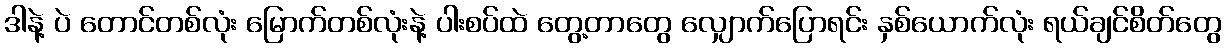
ဒါနဲ့ ပဲ တောင်တစ်လုံး မြောက်တစ်လုံးနဲ့ ပါးစပ်ထဲ တွေ့တာတွေ လျှောက်ပြောရင်း နှစ်ယောက်လုံး ရယ်ချင်စိတ်တွေ